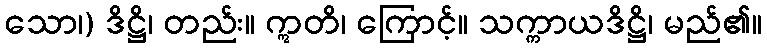
သော၊) ဒိဋ္ဌိ၊ တည်း။ ဣတိ၊ ကြောင့်။ သက္ကာယဒိဋ္ဌိ၊ မည်၏။